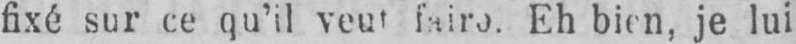
Eh bien, je lui